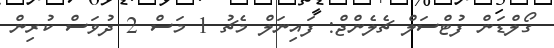
ގޯލްޑަން ފުޓްސަލް ޗެލެންޖް: ފައިނަލް މެޗު 1 މަސް 2 ދުވަސް ކުރިން